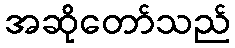
အဆိုတော်သည်